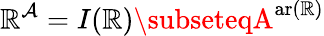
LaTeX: \mathbb{R}^{\mathcal{{A}}}=I(\mathbb{R})\subseteqA^{\operatorname{ar(\mathbb{R})}}